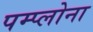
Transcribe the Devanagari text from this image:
पम्प्लोना